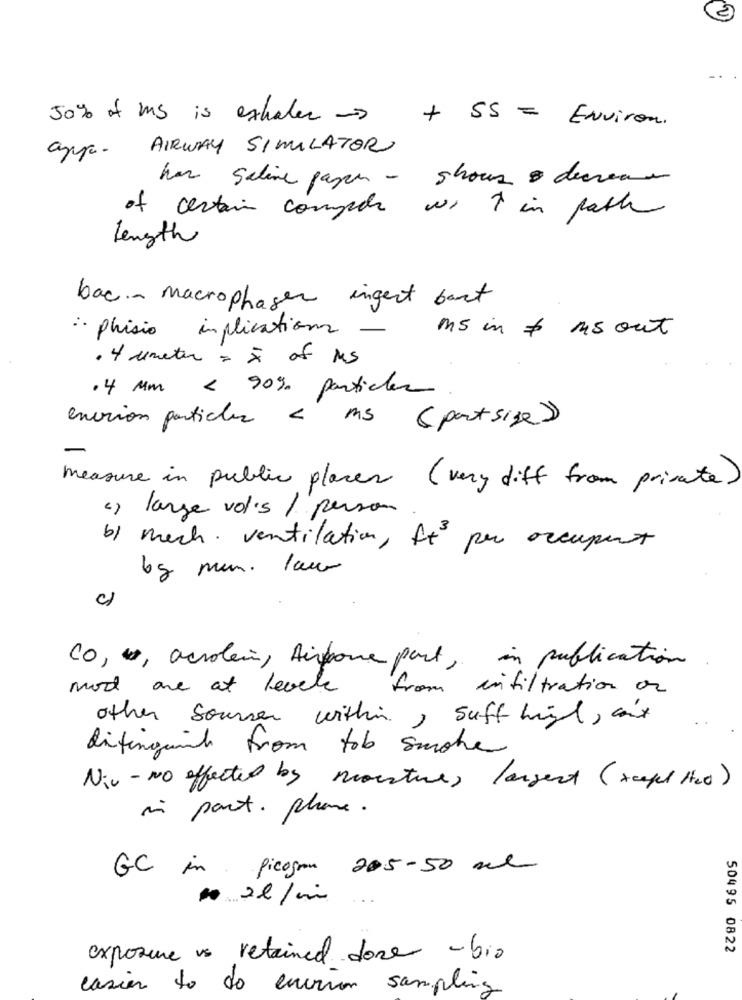
50% of MS is exhaler -
+ 55 = Environ.
arpa- AIRWAY SIMULATOR
har saline payer - shows & decrease
of certain compte we ? in path
Length
bac .- macrophages ingert bart
ms in & ms out
: phisio implication -
· tumeter = X of MS
·4 Mm < 90% particles
enorion particles < ms (partsige)
measure in public places (very diff from private)
« large vols / person
b) mech . ventilation, It per occupent
bg min. lau
CO, , acrolen , Airpone part, in publication
mod are at levele from infiltration or
other Sources within , suff high, can't
distinguent from tob smoker
Nic-No affected by moisture, largest (xcept the0)
in part. phone.
GC in picogram 205-50 ml
02l/m
50495 0822
exposure vs retained done - bio
casier to do euiria sampling